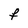
Character: F